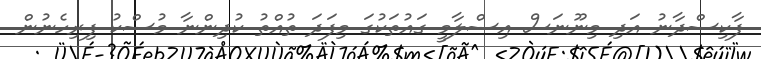
ފާކިސްދާނު އަދި މިނޫނަސް އިސްލާމީ ގައުތަކުގަ މިފަދަ ތުއްތު ކުދިންނާ މުސްކު ފިރިހެނުން